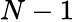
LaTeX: N-1